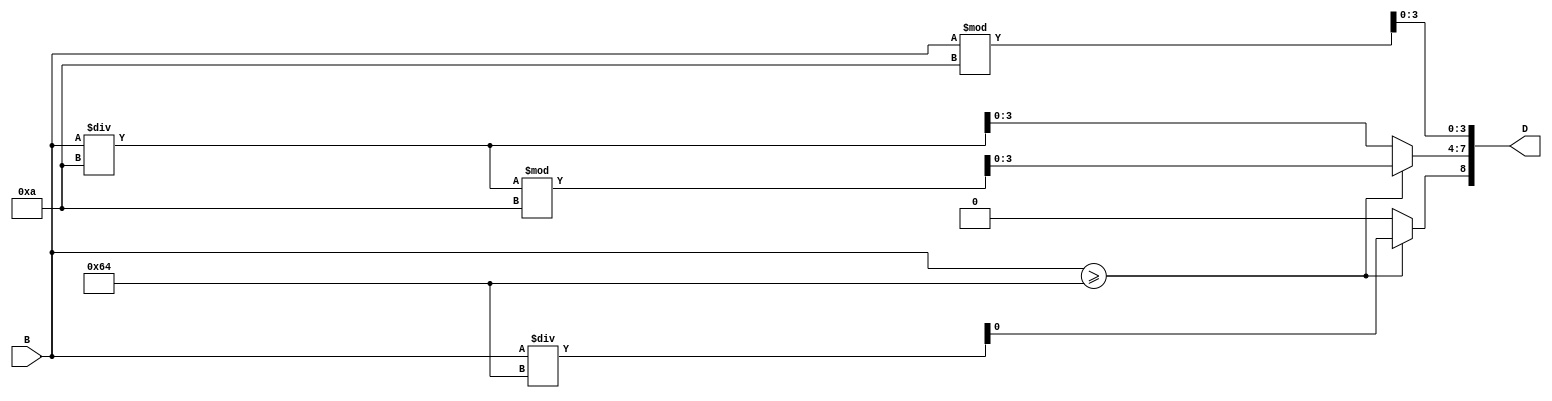
//BTOD

`timescale 1ns / 1ps
module BtoD(
 input [7:0] B,
 output [8:0] D
    );
 
 assign D[8] = B >= 100 ? B / 100 : 0;
 assign D[7:4] = B >= 100 ? (B/10)%10 : B / 10;
 assign D[3:0] = B % 10;

endmodule